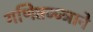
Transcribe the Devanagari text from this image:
गणितज्ज्ञाने